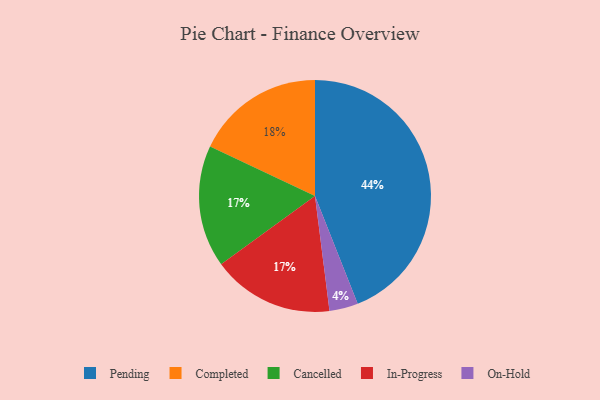
{"axis": {"x": "Category", "y": "Percentage"}, "legend": ["Cancelled", "Completed", "In-Progress", "On-Hold", "Pending"], "data": [{"x": "Cancelled", "y": 17, "type": "Cancelled"}, {"x": "In-Progress", "y": 17, "type": "In-Progress"}, {"x": "On-Hold", "y": 4, "type": "On-Hold"}, {"x": "Completed", "y": 18, "type": "Completed"}, {"x": "Pending", "y": 44, "type": "Pending"}]}